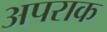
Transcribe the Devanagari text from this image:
अपराक